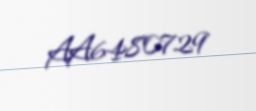
AA6480729